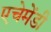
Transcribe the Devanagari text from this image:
एचेमेंडी